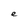
Character: e